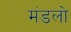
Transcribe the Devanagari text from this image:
मंडलो